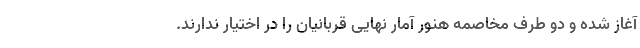
آغاز شده و دو طرف مخاصمه هنور آمار نهایی قربانیان را در اختیار ندارند.